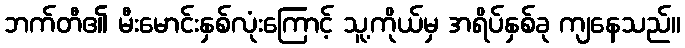
ဘက်တီ၏ မီးမောင်းနှစ်လုံးကြောင့် သူ့ကိုယ်မှ အရိပ်နှစ်ခု ကျနေသည်။